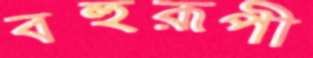
বহুরূপী